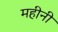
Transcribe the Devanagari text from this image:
महीनी